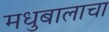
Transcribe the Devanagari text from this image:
मधुबालाचा